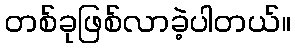
တစ်ခုဖြစ်လာခဲ့ပါတယ်။